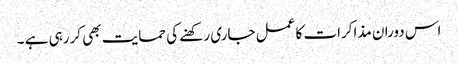
اس دوران مذاکرات کا عمل جاری رکھنے کی حمایت بھی کررہی ہے ۔